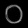
Digit: ၀